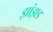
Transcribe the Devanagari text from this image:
झांझड